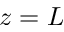
z = L